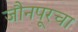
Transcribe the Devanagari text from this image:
जौनपूरचा